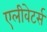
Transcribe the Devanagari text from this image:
एलीवेटर्स